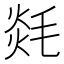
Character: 㲜